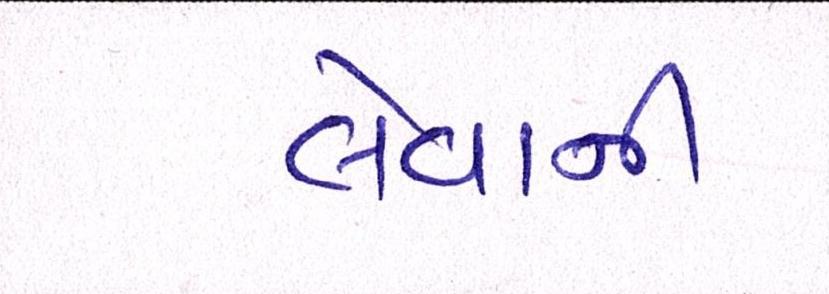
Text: લેવાની